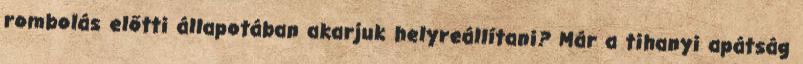
rombolás előtti állapotában akarjuk helyreállítani? Már a tihanyi apátság